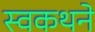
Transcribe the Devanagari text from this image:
स्वकथने